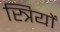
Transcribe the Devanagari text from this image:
स्त्रियों